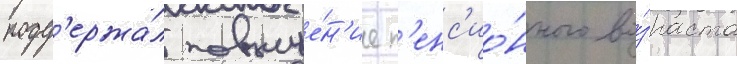
подд'ержа́л повыше́н'ие п'енс'ио́нного во́зраста